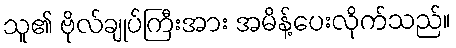
သူ၏ ဗိုလ်ချုပ်ကြီးအား အမိန့်ပေးလိုက်သည်။